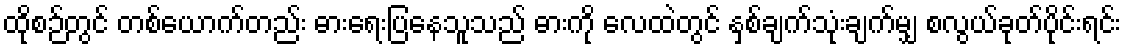
ထိုစဉ်တွင် တစ်ယောက်တည်း ဓားရေးပြနေသူသည် ဓားကို လေထဲတွင် နှစ်ချက်သုံးချက်မျှ စလွယ်ခုတ်ပိုင်းရင်း